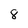
Character: 8